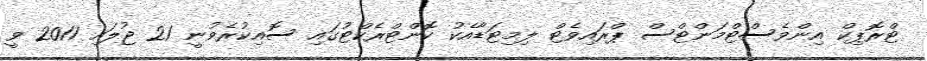
ޓްރޮޕިކް އިންވެސްޓްމަންޓްސް ޕްރައިވެޓް ލިމިޓަޑާއެކު ކޮންޓްރެކްޓުގައި ސޮއިކުރެވުނީ 21 ޖުލައި 2011 ވީ